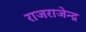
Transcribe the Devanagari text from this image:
राजराजेन्द्र